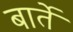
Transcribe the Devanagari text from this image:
बार्ते